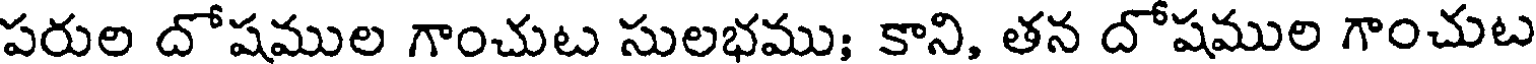
పరుల దోషముల గాంచుట సులభము; కాని, తన దోషముల గాంచుట